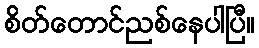
စိတ်တောင်ညစ်နေပါပြီ။